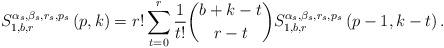
LaTeX: \begin{align*}S_{1,b,r}^{\alpha _{s},\beta _{s},r_{s},p_{s}}\left( p,k\right)=r!\sum_{t=0}^{r}\frac{1}{t!}\binom{b+k-t}{r-t}S_{1,b,r}^{\alpha _{s},\beta_{s},r_{s},p_{s}}\left( p-1,k-t\right) . \end{align*}